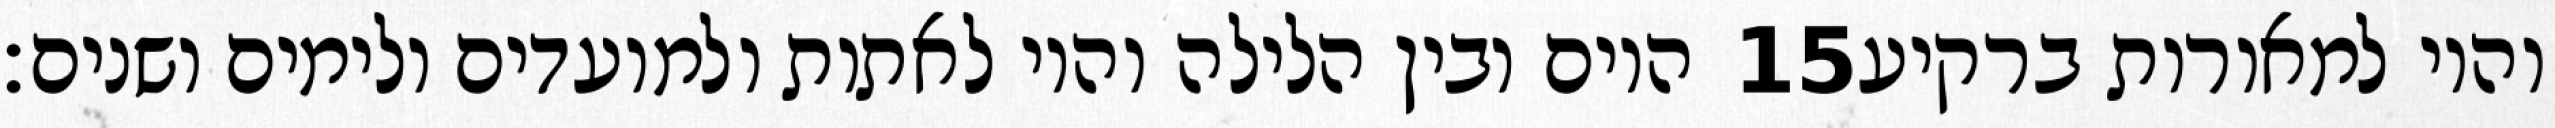
היום ובין הלילה והיו לאתות ולמועדים ולימים ושנים׃ ‎15‏ והיו למאורות ברקיע